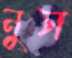
নুস